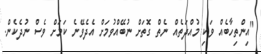
"އިންތިހާބެއް ވަކި މުއްދަތެއް ނެތް ގޮތަށް ނުބޭއްވުމަށް އެދެވޭނެ ކަމަށް ވެސް ނުދެކެން.